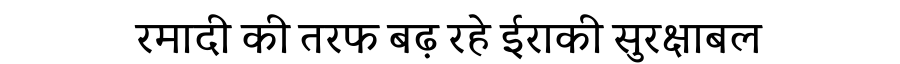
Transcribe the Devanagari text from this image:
रमादी की तरफ बढ़ रहे ईराकी सुरक्षाबल